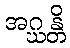
အဂ္ဃန္တိ